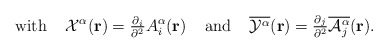
\begin{align*}\mbox{with}\;\;\;\;{\cal{X}}^\alpha({\bf{r}}) ={\textstyle\frac{\partial_i}{\partial^2}}A_i^\alpha({\bf{r}})\;\;\;\;\mbox{and}\;\;\;\;\overline{{\cal Y}^{\alpha}}({\bf r})={\textstyle \frac{\partial_{j}}{\partial^{2}}\overline{{\cal A}_{j}^{\alpha}}({\bf r})}.\end{align*}